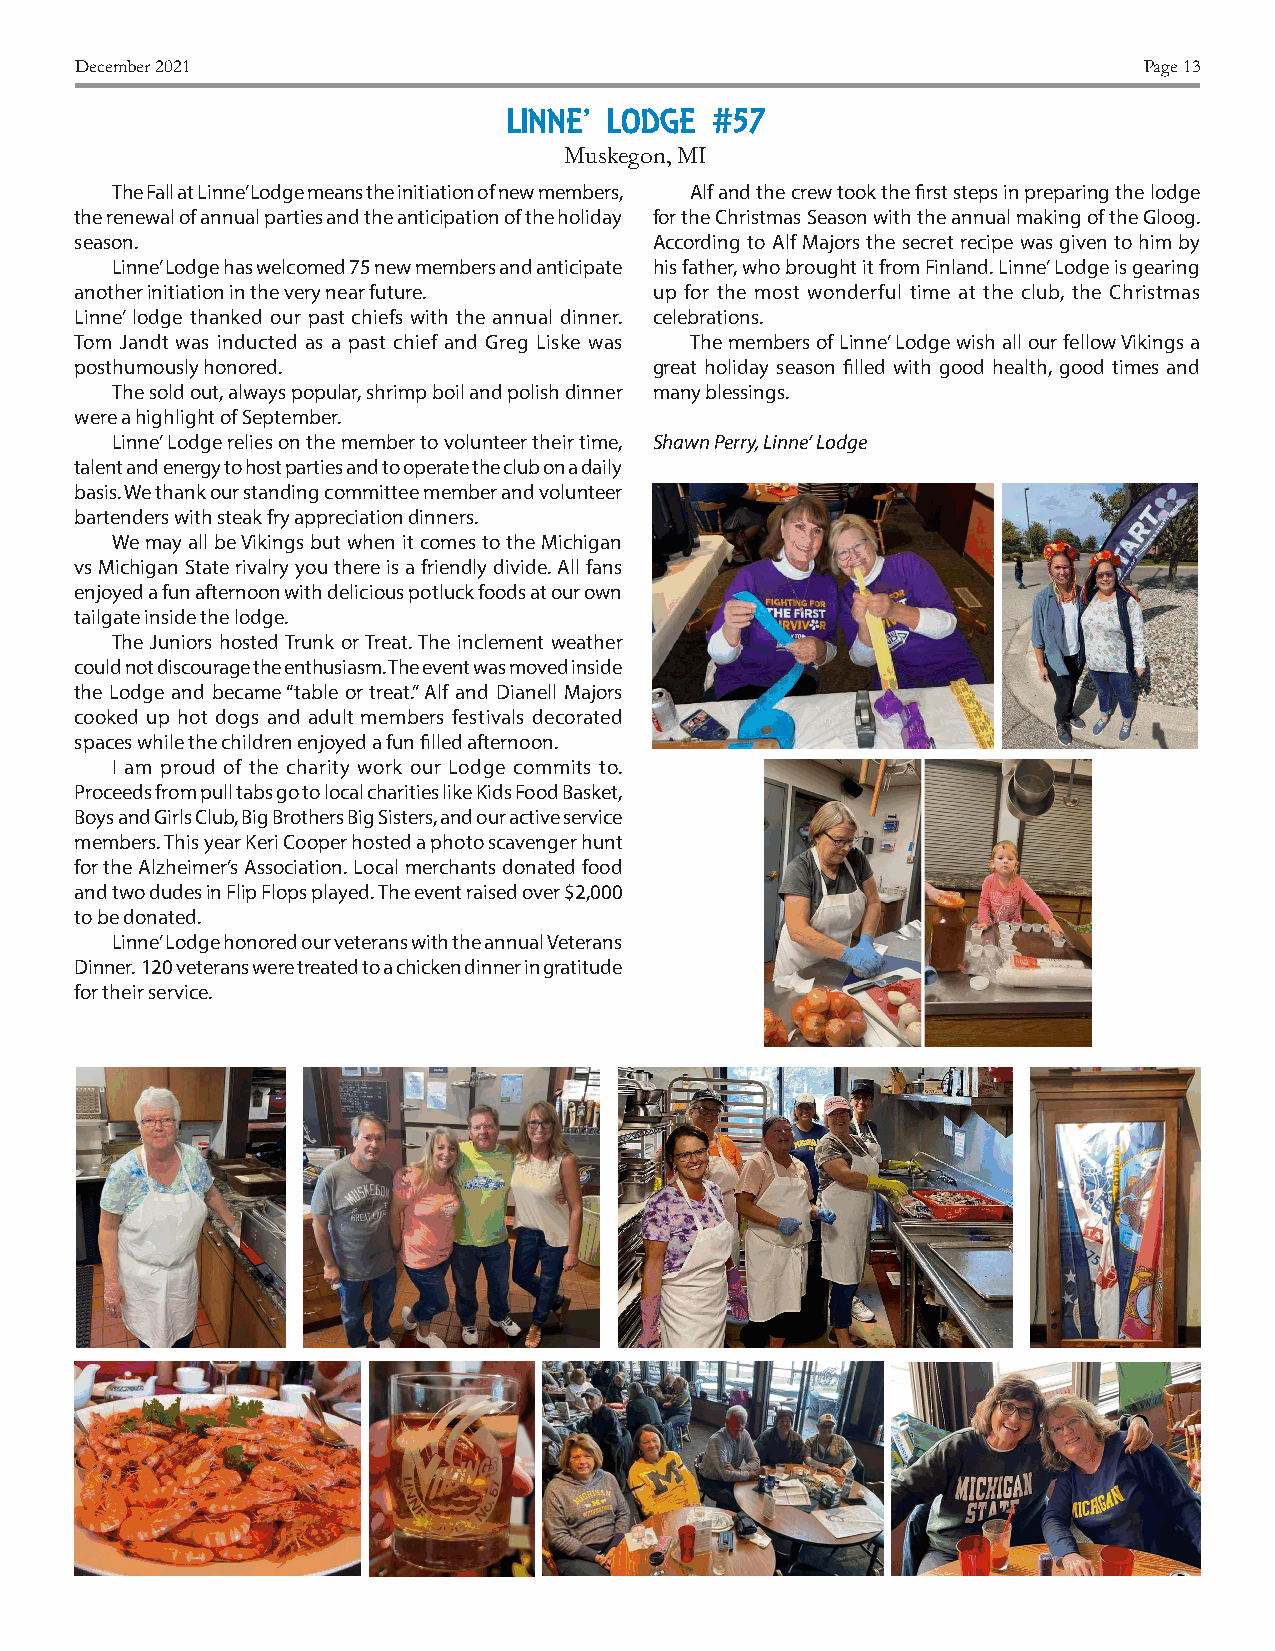
December 2021                                                          Page 13
 LINNE’ LODGE #57
 Muskegon, MI
 The Fall at Linne’ Lodge means the initiation of new members, Alf and the crew took the first steps in preparing the lodge
 the renewal of annual parties and the anticipation of the holiday for the Christmas Season with the annual making of the Gloog.
 season.                               According to Alf Majors the secret recipe was given to him by
 Linne’ Lodge has welcomed 75 new members and anticipate his father, who brought it from Finland. Linne’ Lodge is gearing
 another initiation in the very near future. up for the most wonderful time at the club, the Christmas
 Linne’ lodge thanked our past chiefs with the annual dinner. celebrations.
 Tom Jandt was inducted as a past chief and Greg Liske was The members of Linne’ Lodge wish all our fellow Vikings a
 posthumously honored.                 great holiday season filled with good health, good times and
 The sold out, always popular, shrimp boil and polish dinner many blessings.
 were a highlight of September.
 Linne’ Lodge relies on the member to volunteer their time, Shawn Perry, Linne’ Lodge
 talent and energy to host parties and to operate the club on a daily
 basis. We thank our standing committee member and volunteer
 bartenders with steak fry appreciation dinners.
 We may all be Vikings but when it comes to the Michigan
 vs Michigan State rivalry you there is a friendly divide. All fans
 enjoyed a fun afternoon with delicious potluck foods at our own
 tailgate inside the lodge.
 The Juniors hosted Trunk or Treat. The inclement weather
 could not discourage the enthusiasm. The event was moved inside
 the Lodge and became “table or treat.” Alf and Dianell Majors
 cooked up hot dogs and adult members festivals decorated
 spaces while the children enjoyed a fun filled afternoon.
 I am proud of the charity work our Lodge commits to.
 Proceeds from pull tabs go to local charities like Kids Food Basket,
 Boys and Girls Club, Big Brothers Big Sisters, and our active service
 members. This year Keri Cooper hosted a photo scavenger hunt
 for the Alzheimer’s Association. Local merchants donated food
 and two dudes in Flip Flops played. The event raised over $2,000
 to be donated.
 Linne’ Lodge honored our veterans with the annual Veterans
 Dinner. 120 veterans were treated to a chicken dinner in gratitude
 for their service.